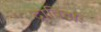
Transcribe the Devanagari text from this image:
द्राविडाः